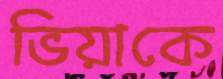
ভিয়াকে